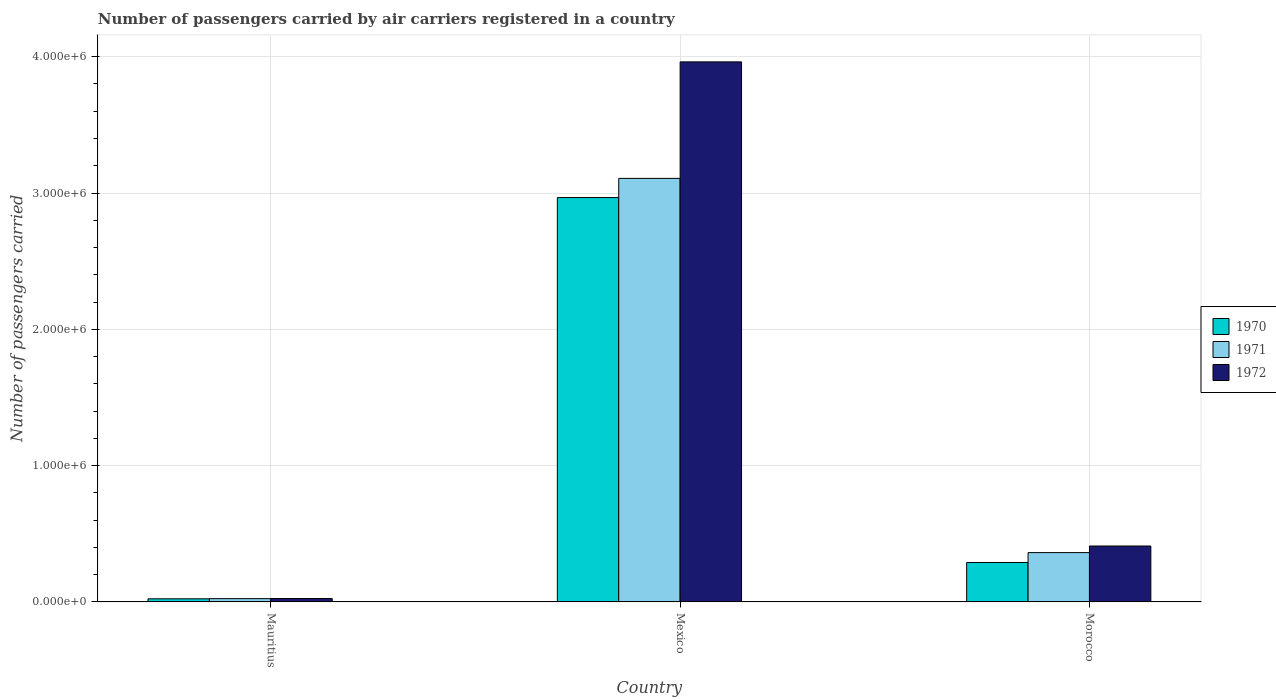
| Country | 1970 | 1971 | 1972 |
 | --- | --- | --- | --- |
 | Mauritius | 2.3e+04 | 2.42e+04 | 2.52e+04 |
 | Mexico | 2.97e+06 | 3.11e+06 | 3.96e+06 |
 | Morocco | 2.9e+05 | 3.62e+05 | 4.1e+05 |